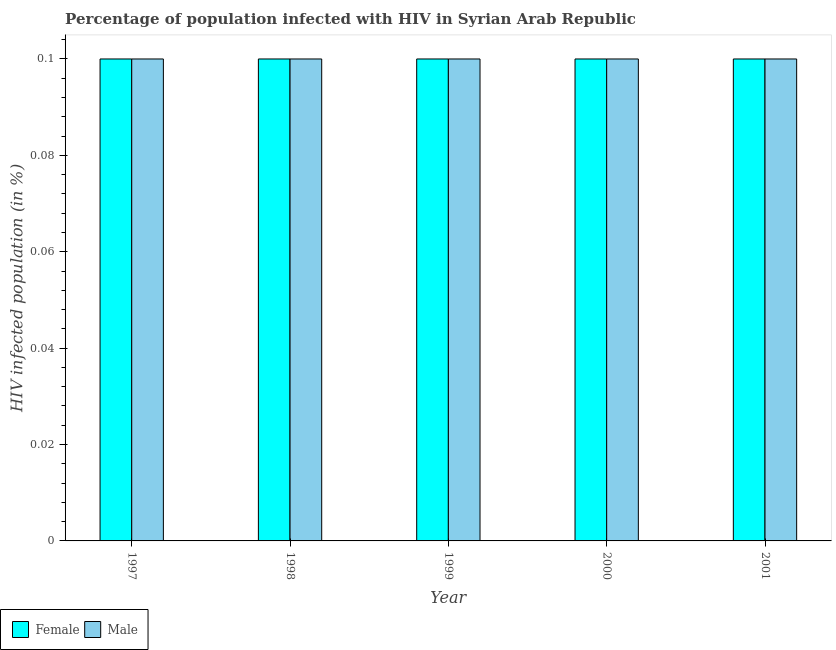
| Year | Female | Male |
 | --- | --- | --- |
 | 1997 | 0.1 | 0.1 |
 | 1998 | 0.1 | 0.1 |
 | 1999 | 0.1 | 0.1 |
 | 2000 | 0.1 | 0.1 |
 | 2001 | 0.1 | 0.1 |